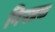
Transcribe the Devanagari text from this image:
निपत्रक